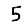
Digit: 5